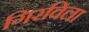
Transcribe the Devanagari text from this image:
गिरविला